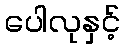
ပေါလုနှင့်